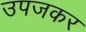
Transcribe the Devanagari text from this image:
उपजकर